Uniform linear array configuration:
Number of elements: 12
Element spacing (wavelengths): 0.5
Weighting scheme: cosine
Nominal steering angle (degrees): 0
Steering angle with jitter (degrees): -0.2753
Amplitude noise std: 0.05
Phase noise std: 0.05

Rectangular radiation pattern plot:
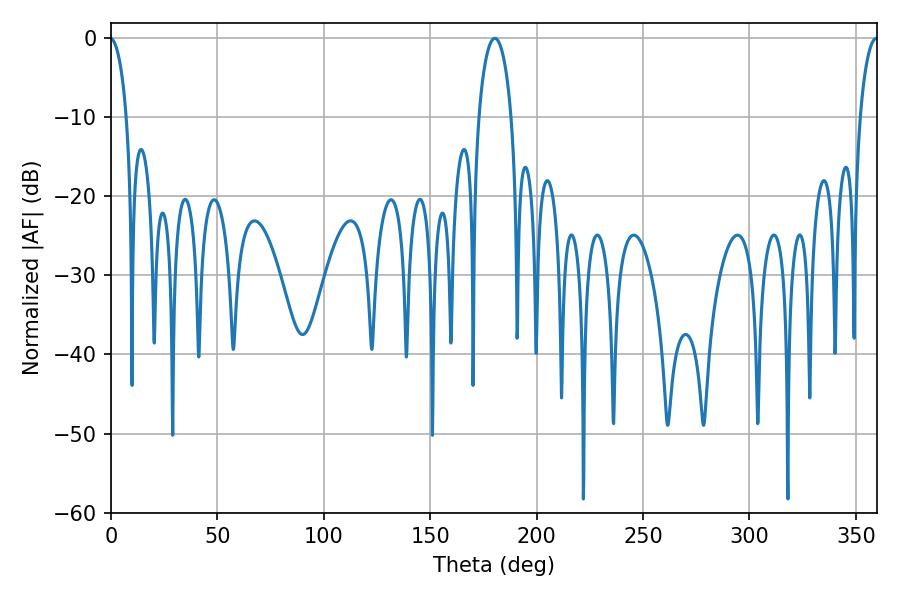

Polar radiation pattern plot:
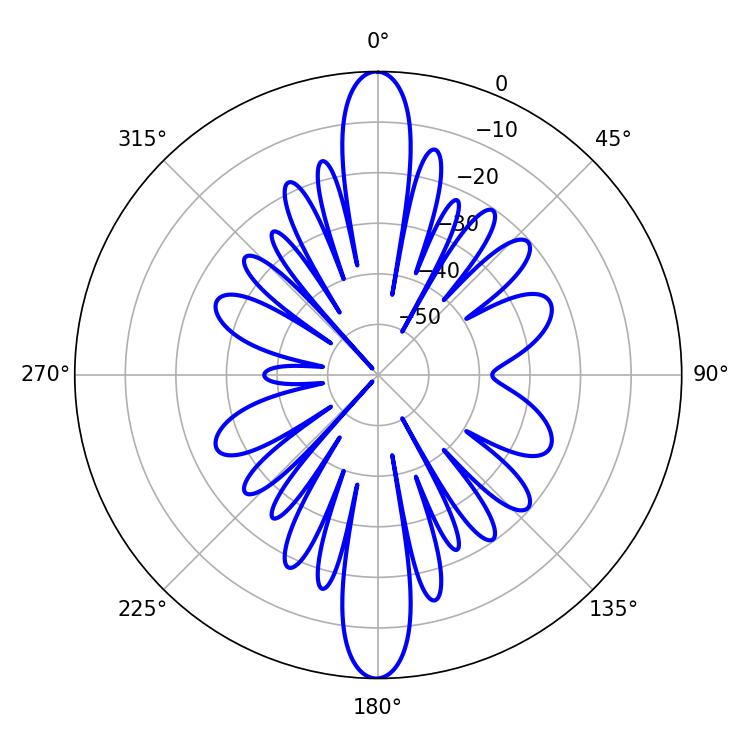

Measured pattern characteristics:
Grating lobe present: FALSE
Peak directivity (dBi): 34.238
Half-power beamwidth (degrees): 8.64
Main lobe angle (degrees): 180.36